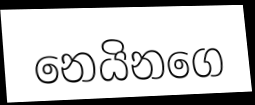
නෙයිනගෙ